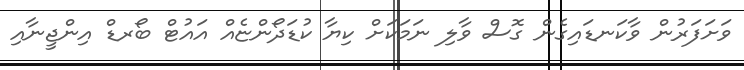
ވަށަފަރުން ވާކަނޑައިގެން ގޮސް ވާލި ނަމަކަށް ކިޔާ ކުޑަދޯންޏެއް އައުޓް ބޯރޑް އިންޖީނާއި